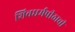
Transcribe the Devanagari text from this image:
शिवधर्मपीठाची